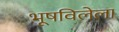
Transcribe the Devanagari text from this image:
भूषविलेला